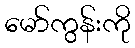
မော်ကွန်းကို